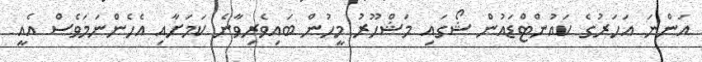
އަންނަ އަހަރުގެ ކައުންޓްޑައުން ޝޯގައި މަޝްހޫރު މީހުން ބައިވެރިވާނެ ކަމަށާއި އެހެންނަމަވެސް އެއީ